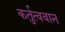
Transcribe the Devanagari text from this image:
कर्तुत्ववान